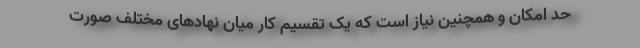
حد امکان و همچنین نیاز است که یک تقسیم کار میان نهادهای مختلف صورت